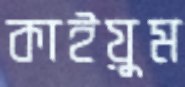
কাইয়ুম